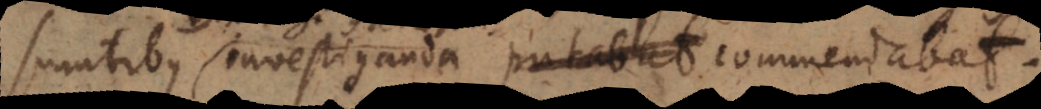
sumtibus investiganda putabat commendabat.